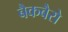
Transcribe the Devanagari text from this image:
बैकबैरो